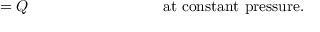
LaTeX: = Q \, \, \, \, \, \, \, \, \, \, \, \, \, \, \, \, \, \, \, \, \, \, \, \, \, \, \, \, \, \, \, \, \, \, \, \, \, \, \, \, \, \, \, \, \, \, \, \, \, \, \, \, { \mathrm { a t ~ c o n s t a n t ~ p r e s s u r e . } }